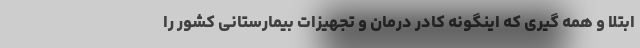
ابتلا و همه گیری که اینگونه کادر درمان و تجهیزات بیمارستانی کشور را